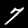
Label: 7